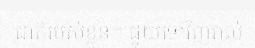
ជាតិរបស់ខ្លួន។ ផ្ទុយទៅវិញរាល់